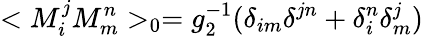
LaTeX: <M_{i}^{j}M_{m}^{n}>_{0}=g_{2}^{-1}(\delta_{im}\delta^{jn}+\delta_{i}^{n}\delta_{m}^{j})